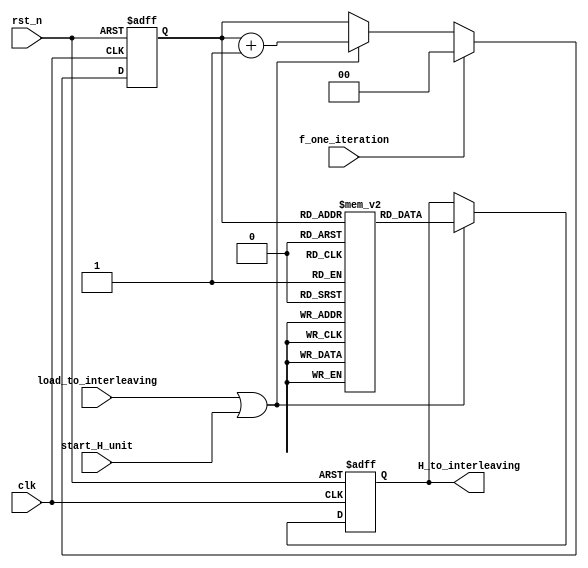
module H_unit(
		input clk,
		input rst_n,
		input start_H_unit,
		input f_one_iteration,
		input load_to_interleaving,
		output reg[8*(32+3)-1:0] H_to_interleaving
		);


reg[8*(32+3)-1:0] H[3:0];
reg[1:0] count;



always@(posedge clk or negedge rst_n)
	if(!rst_n)
		count<=0;
	else if(f_one_iteration)
		count<=0;
	else if(load_to_interleaving|start_H_unit)
		count<=count+1'b1;

always@(posedge clk or negedge rst_n)
	if(!rst_n)
		H_to_interleaving<=0;
	else if(load_to_interleaving|start_H_unit)
		H_to_interleaving<=H[count];

endmodule